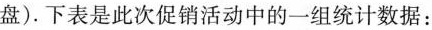
盘)。下表是此次促销活动中的一组统计数据：